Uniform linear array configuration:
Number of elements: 4
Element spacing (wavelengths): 0.5
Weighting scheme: cosine
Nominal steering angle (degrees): -30
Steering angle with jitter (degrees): -28.884
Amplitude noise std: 0.05
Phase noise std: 0.05

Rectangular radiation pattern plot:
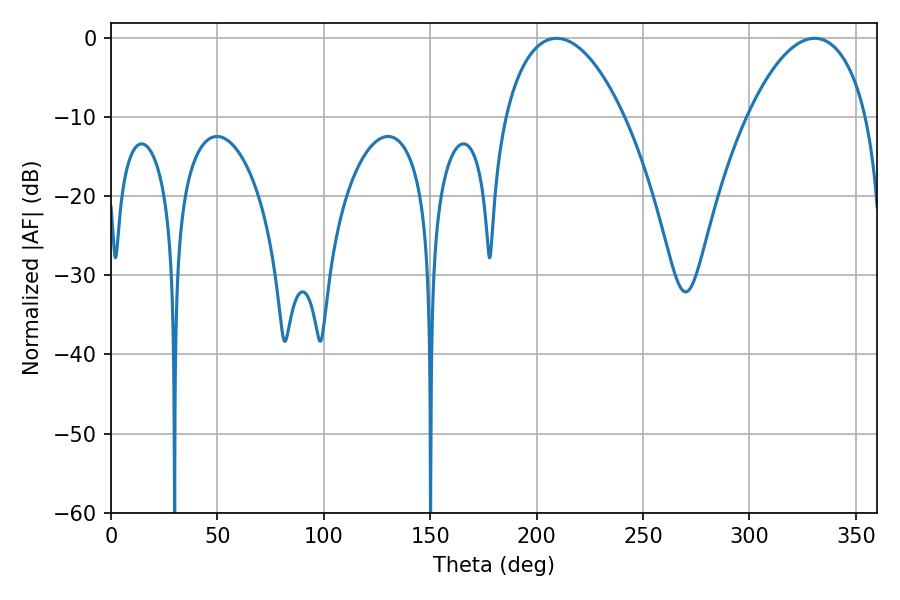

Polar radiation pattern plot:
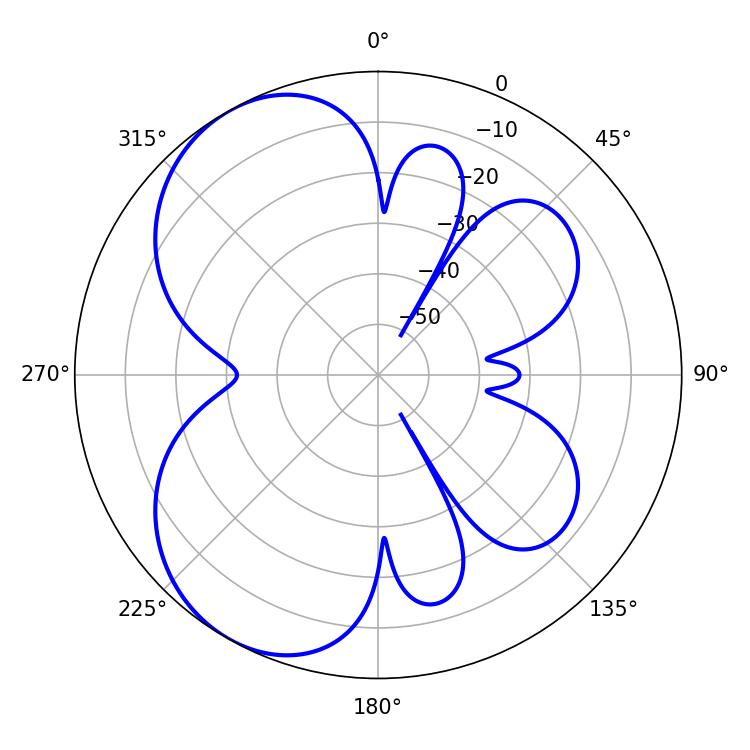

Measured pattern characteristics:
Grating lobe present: FALSE
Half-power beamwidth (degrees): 31.5
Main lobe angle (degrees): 209.34